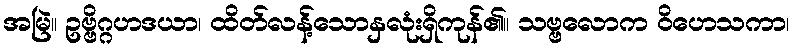
အမြဲ။ ဥဗ္ဗိဂ္ဂဟဒယာ၊ ထိတ်လန့်သောနှလုံးရှိကုန်၏။ သဗ္ဗလောက ဝိဟေသကာ၊